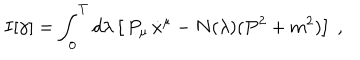
I [ \gamma ] = \int _ { 0 } ^ { T } d \lambda \left[ \, P _ { \mu } \, \dot { x } ^ { \mu } - N ( \lambda ) ( P ^ { 2 } + m ^ { 2 } ) \right] \ ,